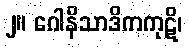
၂။ ဂေါနိသာဒိကကုဋိ၊